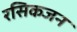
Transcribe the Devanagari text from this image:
रसिकजन